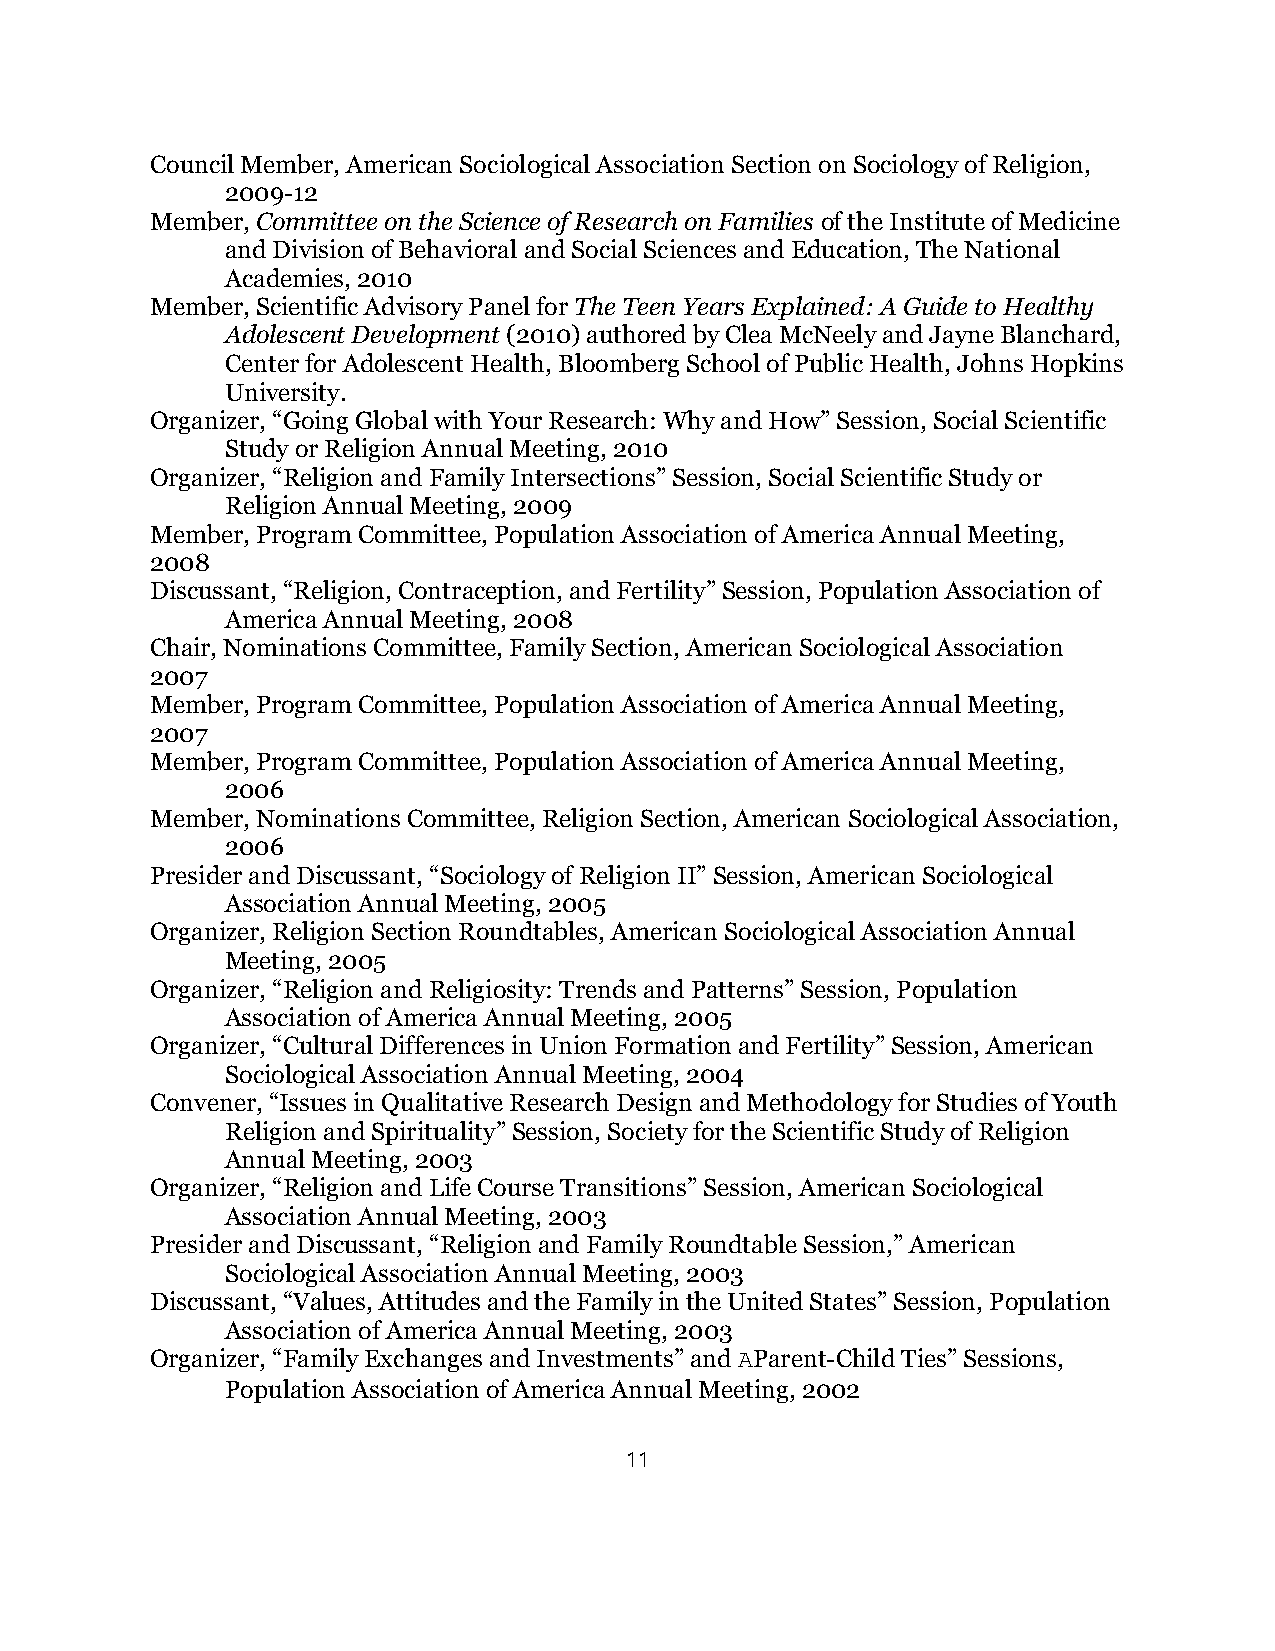
Council Member, American Sociological Association Section on Sociology of Religion,
 2009-12
 Member, Committee on the Science of Research on Families of the Institute of Medicine
 and Division of Behavioral and Social Sciences and Education, The National
 Academies, 2010
 Member, Scientific Advisory Panel for The Teen Years Explained: A Guide to Healthy
 Adolescent Development (2010) authored by Clea McNeely and Jayne Blanchard,
 Center for Adolescent Health, Bloomberg School of Public Health, Johns Hopkins
 University.
 Organizer, “Going Global with Your Research: Why and How” Session, Social Scientific
 Study or Religion Annual Meeting, 2010
 Organizer, “Religion and Family Intersections” Session, Social Scientific Study or
 Religion Annual Meeting, 2009
 Member, Program Committee, Population Association of America Annual Meeting,
 2008
 Discussant, “Religion, Contraception, and Fertility” Session, Population Association of
 America Annual Meeting, 2008
 Chair, Nominations Committee, Family Section, American Sociological Association
 2007
 Member, Program Committee, Population Association of America Annual Meeting,
 2007
 Member, Program Committee, Population Association of America Annual Meeting,
 2006
 Member, Nominations Committee, Religion Section, American Sociological Association,
 2006
 Presider and Discussant, “Sociology of Religion II” Session, American Sociological
 Association Annual Meeting, 2005
 Organizer, Religion Section Roundtables, American Sociological Association Annual
 Meeting, 2005
 Organizer, “Religion and Religiosity: Trends and Patterns” Session, Population
 Association of America Annual Meeting, 2005
 Organizer, “Cultural Differences in Union Formation and Fertility” Session, American
 Sociological Association Annual Meeting, 2004
 Convener, “Issues in Qualitative Research Design and Methodology for Studies of Youth
 Religion and Spirituality” Session, Society for the Scientific Study of Religion
 Annual Meeting, 2003
 Organizer, “Religion and Life Course Transitions” Session, American Sociological
 Association Annual Meeting, 2003
 Presider and Discussant, “Religion and Family Roundtable Session,” American
 Sociological Association Annual Meeting, 2003
 Discussant, “Values, Attitudes and the Family in the United States” Session, Population
 Association of America Annual Meeting, 2003
 Organizer, “Family Exchanges and Investments” and AParent-Child Ties” Sessions,
 Population Association of America Annual Meeting, 2002
 11